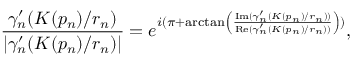
\frac { \gamma _ { n } ^ { \prime } ( K ( p _ { n } ) / r _ { n } ) } { | \gamma _ { n } ^ { \prime } ( K ( p _ { n } ) / r _ { n } ) | } = e ^ { i ( \pi + \arctan \left( \frac { \mathrm { I m } ( \gamma _ { n } ^ { \prime } ( K ( p _ { n } ) / r _ { n } ) ) } { \mathrm { R e } ( \gamma _ { n } ^ { \prime } ( K ( p _ { n } ) / r _ { n } ) ) } \right) ) } ,